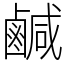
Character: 鹹